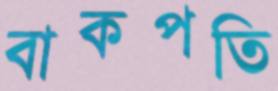
বাকপতি